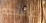
عظيمه